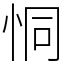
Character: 恫